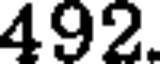
492.